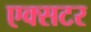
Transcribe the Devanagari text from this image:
एक्सटर